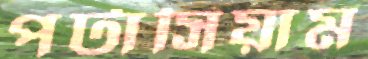
পটাসিয়াম